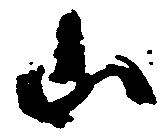
山